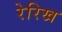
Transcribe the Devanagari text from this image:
रेरिख